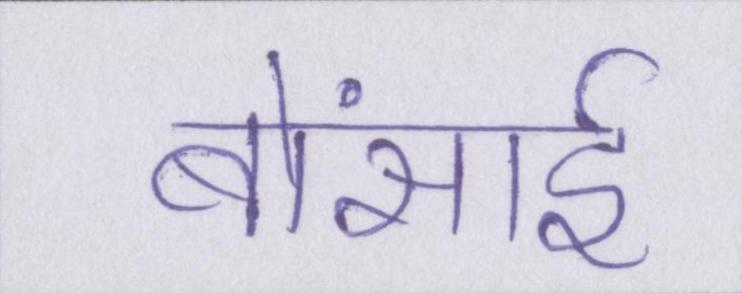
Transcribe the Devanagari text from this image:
बोंसाई